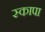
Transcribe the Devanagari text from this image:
स्कापा